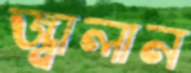
জ্বালান